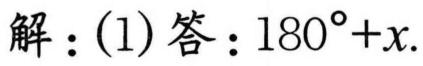
解：(1)答：\(180^{\circ}+x\).